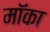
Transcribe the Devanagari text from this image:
मॉका